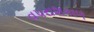
વપરાશકાળ